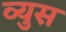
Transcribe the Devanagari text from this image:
व्युस